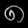
Digit: ၈